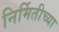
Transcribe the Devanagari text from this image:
निर्मितीच्‍या